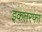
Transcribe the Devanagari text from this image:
इकतरफा